65_HS1-834228961_62-HQ-83894_Section_7
Agency: FBI
Page 116
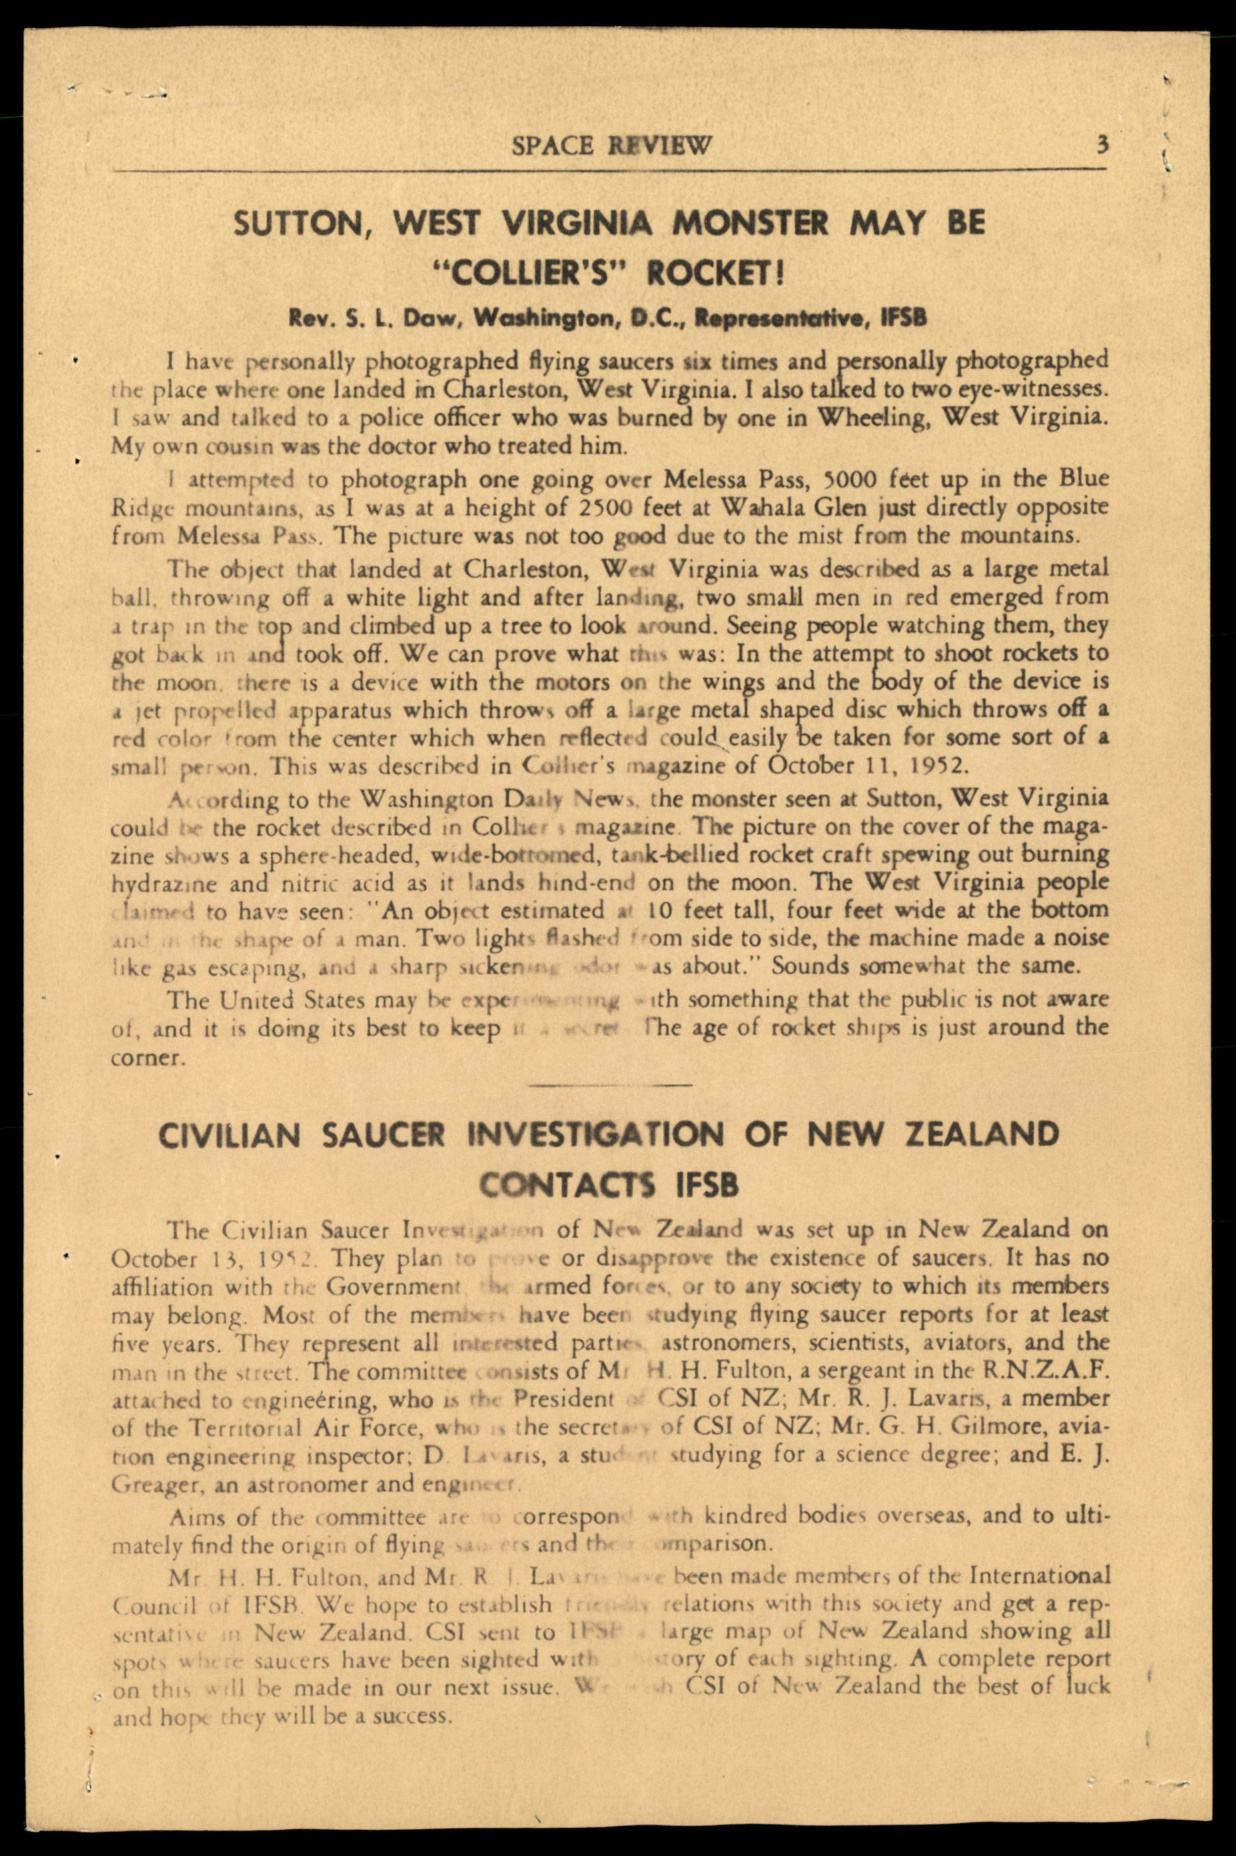